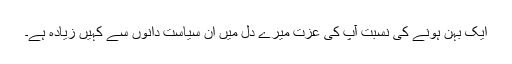
ایک بہن ہونے کی نسبت آپ کی عزت میرے دل میں ان سیاست دانوں سے کہیں زیادہ ہے۔